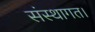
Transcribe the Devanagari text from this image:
संस्थागत।